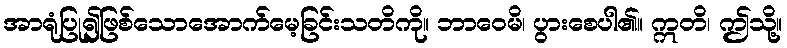
အာရုံပြု၍ဖြစ်သောအောက်မေ့ခြင်းသတိကို။ ဘာဝေမိ၊ ပွားစေပါ၏။ ဣတိ၊ ဤသို့။